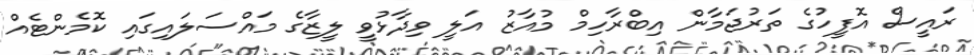
ރައީސް އޮފީހުގެ ތަރުޖަމާން އިބްރާހިމް މުއާޒު އަލީ ވިދާޅުވީ ލީޒާގެ މައްސަލައިގައި ކޮމެންޓެއް